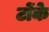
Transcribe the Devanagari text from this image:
टोंके